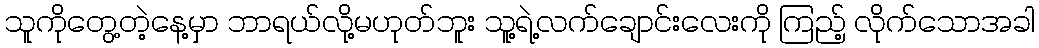
သူကိုတွေ့တဲ့နေ့မှာ ဘာရယ်လို့မဟုတ်ဘူး သူ့ရဲ့လက်ချောင်းလေးကို ကြည့် လိုက်သောအခါ